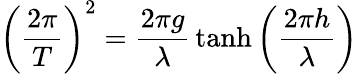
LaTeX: \displaystyle\left({\frac{2\pi}{T}}\right)^{2}={\frac{2\pi g}{\lambda}}\operatorname{tanh}\left({\frac{2\pi h}{\lambda}}\right)